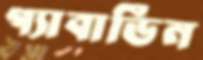
গ্যাবার্ডিন